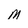
Character: M